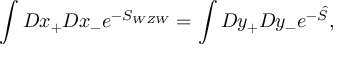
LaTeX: \int { \cal D } x _ { + } { \cal D } x _ { - } e ^ { - S _ { W Z W } } = \int { \cal D } y _ { + } { \cal D } y _ { - } e ^ { - \hat { S } } ,